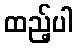
ထည့်ပါ